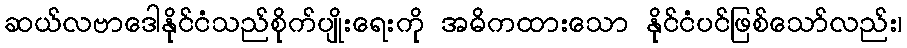
ဆယ်လဗာဒေါနိုင်ငံသည်စိုက်ပျိုးရေးကို အဓိကထားသော နိုင်ငံပင်ဖြစ်သော်လည်း၊